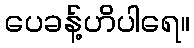
ပေခန့်ဟိပါရေ။